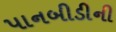
પાનબીડીની